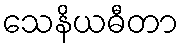
သေနိယဓီတာ